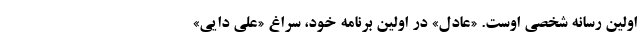
اولین رسانه شخصی اوست. «عادل» در اولین برنامه خود، سراغ «علی دایی»